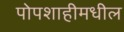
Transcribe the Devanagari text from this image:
पोपशाहीमधील